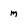
Character: m